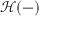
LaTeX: { \mathcal { H } } ( - )